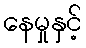
နေမှုနှင့်